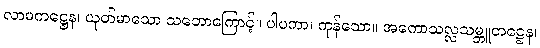
လာမကဋ္ဌေန၊ ယုတ်မာသော သဘောကြောင့်။ ပါပကာ၊ ကုန်သော။ အကောသလ္လသမ္ဘူတဋ္ဌေန၊